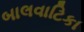
બાલવાટિકા